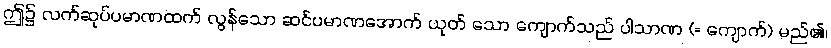
ဤ၌ လက်ဆုပ်ပမာဏထက် လွန်သော ဆင်ပမာဏအောက် ယုတ် သော ကျောက်သည် ပါသာဏ (= ကျောက်) မည်၏၊